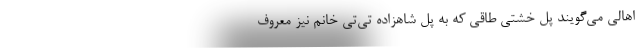
اهالی می‌گویند پل خشتی طاقی که به پل شاهزاده تی‌تی خانم نیز معروف